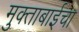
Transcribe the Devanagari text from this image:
मुक्ताबाईचा